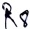
Text: R8